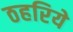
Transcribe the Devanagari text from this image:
ठहरिये